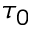
\tau _ { 0 }